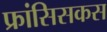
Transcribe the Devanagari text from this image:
फ्रांसिसकस